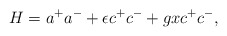
\begin{align*}H=a^+a^-+\epsilon c^+c^- + gxc^+c^-,\end{align*}